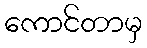
ကောင်တာမှ